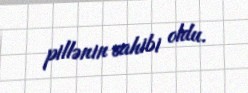
pillənin sahibi oldu.